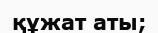
құжат аты;